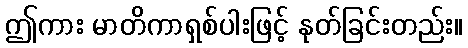
ဤကား မာတိကာရှစ်ပါးဖြင့် နုတ်ခြင်းတည်း။